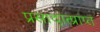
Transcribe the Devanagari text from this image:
प्रसादात्प्राप्त